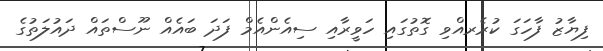
ފިޔާޒު ފާހަގަ ކުރެރއްވި ގޮތުގައި ހަވީރާއި ސިއެންއެމް ފަދަ ބައެއް ނޫސްތައް ދައުލަތުގެ